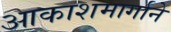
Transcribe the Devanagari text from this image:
आकाशमार्गाने